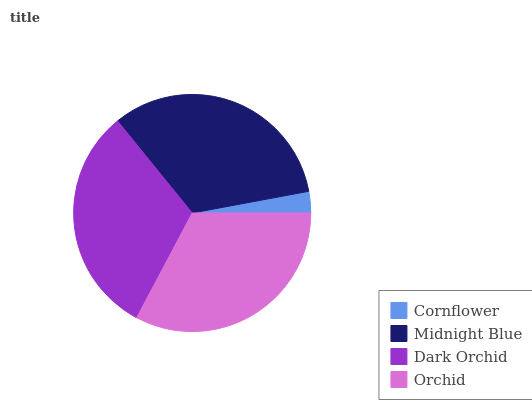
| Cornflower | Midnight Blue | Dark Orchid | Orchid |
 | --- | --- | --- | --- |
 | 2.93% | 32.9% | 31.3% | 32.8% |